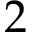
2